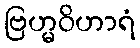
ဗြဟ္မဝိဟာရံ